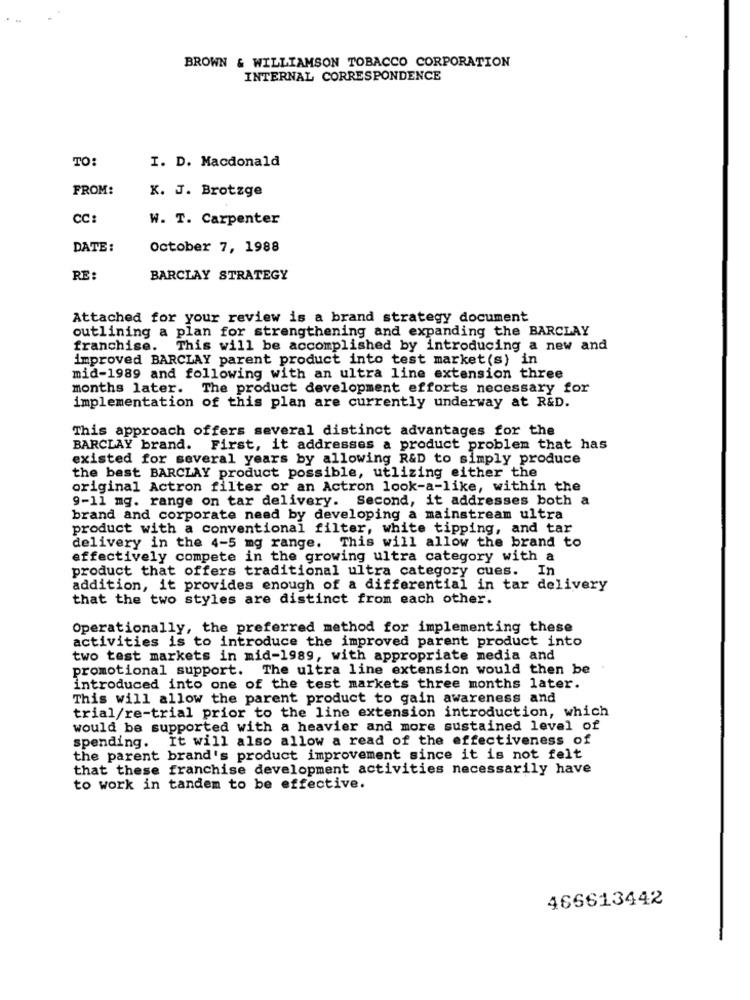
BROWN & WILLIAMSON TOBACCO CORPORATION
INTERNAL CORRESPONDENCE
TO:
I. D. Macdonald
FROM:
K. J. Brotzge
CC
W. T. Carpenter
DATE:
October 7, 1988
RE :
BARCLAY STRATEGY
Attached for your review is a brand strategy document
outlining a plan for strengthening and expanding the BARCLAY
franchise. This will be accomplished by introducing a new and
improved BARCLAY parent product into test market(s) in
mid-1989 and following with an ultra line extension three
months later.
The product development efforts necessary for
implementation of this plan are currently underway at R&D.
This approach offers several distinct advantages for the
BARCLAY brand. First, it addresses a product problem that has
existed for several years by allowing R&D to simply produce
the best BARCLAY product possible, utlizing either the
original Actron filter or an Actron look-a-like, within the
9-11 mg. range on tar delivery. Second, it addresses both a
brand and corporate need by developing a mainstream ultra
product with a conventional filter, white tipping, and tar
delivery in the 4-5 mg range. This will allow the brand to
effectively compete in the growing ultra category with a
product that offers traditional ultra category cues.
In
addition, it provides enough of a differential in tar delivery
that the two styles are distinct from each other.
Operationally, the preferred method for implementing these
activities is to introduce the improved parent product into
two test markets in mid-1989, with appropriate media and
promotional support. The ultra line extension would then be
introduced into one of the test markets three months later.
This will allow the parent product to gain awareness and
trial/re-trial prior to the line extension introduction, which
would be supported with a heavier and more sustained level of
spending. It will also allow a read of the effectiveness of
the parent brand's product improvement since it is not felt
that these franchise development activities necessarily have
to work in tandem to be effective.
466613442